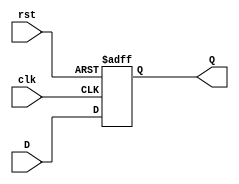
`timescale 1ns / 1ps
//////////////////////////////////////////////////////////////////////////////////
// Company: 
// Engineer: 
// 
// Design Name: 
// Module Name: reg
// Project Name: 
// Target Devices: 
// Tool Versions: 
// Description: 
// 
// Dependencies: 
// 
// Revision:
// Revision 0.01 - File Created
// Additional Comments:
// 
//////////////////////////////////////////////////////////////////////////////////


module DFlipFlop (input clk, input rst, input D, output reg Q);
     always @ (posedge clk or posedge rst) begin // Asynchronous Reset
         if (rst)
            Q <= 1'b0;
         else
            Q <= D;
     end
endmodule